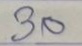
30